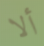
ألا